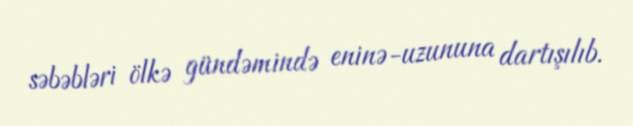
səbəbləri ölkə gündəmində eninə-uzununa dartışılıb.